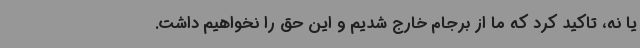
یا نه، تاکید کرد که ما از برجام خارج شدیم و این حق را نخواهیم داشت.